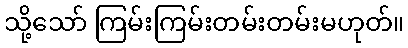
သို့သော် ကြမ်းကြမ်းတမ်းတမ်းမဟုတ်။